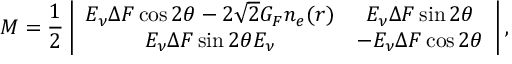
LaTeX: M = \frac { 1 } { 2 } \left| \begin{array} { c c } { { E _ { \nu } \Delta F \cos 2 \theta - 2 \sqrt { 2 } G _ { F } n _ { e } ( r ) } } & { { E _ { \nu } \Delta F \sin 2 \theta } } \\ { { E _ { \nu } \Delta F \sin 2 \theta E _ { \nu } } } & { { - E _ { \nu } \Delta F \cos 2 \theta } } \end{array} \right| ,